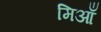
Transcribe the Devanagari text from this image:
मिआँ